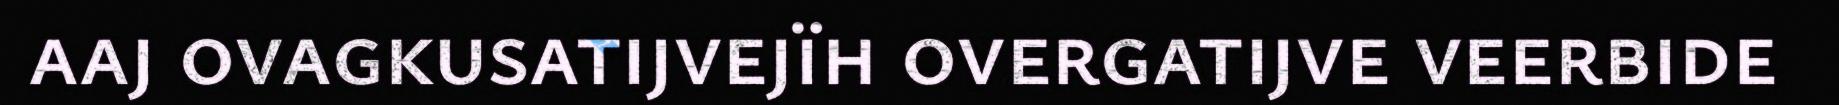
aaj ovagkusatijvejïh overgatijve veerbide